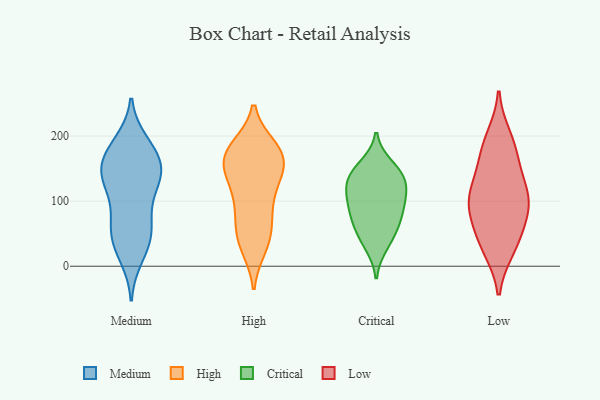
{"axis": {"x": "Humidity (%)", "y": "Value"}, "legend": ["Critical", "High", "Low", "Medium"], "data": [{"x": "", "y": 135, "type": "Medium"}, {"x": "", "y": 190, "type": "Medium"}, {"x": "", "y": 15, "type": "Medium"}, {"x": "", "y": 118, "type": "Medium"}, {"x": "", "y": 179, "type": "Medium"}, {"x": "", "y": 85, "type": "Medium"}, {"x": "", "y": 151, "type": "Medium"}, {"x": "", "y": 146, "type": "Medium"}, {"x": "", "y": 125, "type": "Medium"}, {"x": "", "y": 180, "type": "Medium"}, {"x": "", "y": 143, "type": "Medium"}, {"x": "", "y": 63, "type": "Medium"}, {"x": "", "y": 144, "type": "Medium"}, {"x": "", "y": 33, "type": "Medium"}, {"x": "", "y": 171, "type": "Medium"}, {"x": "", "y": 33, "type": "Medium"}, {"x": "", "y": 58, "type": "Medium"}, {"x": "", "y": 58, "type": "Medium"}, {"x": "", "y": 74, "type": "High"}, {"x": "", "y": 34, "type": "High"}, {"x": "", "y": 178, "type": "High"}, {"x": "", "y": 57, "type": "High"}, {"x": "", "y": 161, "type": "High"}, {"x": "", "y": 38, "type": "High"}, {"x": "", "y": 163, "type": "High"}, {"x": "", "y": 142, "type": "High"}, {"x": "", "y": 181, "type": "High"}, {"x": "", "y": 108, "type": "High"}, {"x": "", "y": 75, "type": "High"}, {"x": "", "y": 161, "type": "High"}, {"x": "", "y": 159, "type": "High"}, {"x": "", "y": 29, "type": "High"}, {"x": "", "y": 181, "type": "High"}, {"x": "", "y": 135, "type": "High"}, {"x": "", "y": 101, "type": "High"}, {"x": "", "y": 128, "type": "High"}, {"x": "", "y": 183, "type": "High"}, {"x": "", "y": 131, "type": "Critical"}, {"x": "", "y": 142, "type": "Critical"}, {"x": "", "y": 154, "type": "Critical"}, {"x": "", "y": 89, "type": "Critical"}, {"x": "", "y": 115, "type": "Critical"}, {"x": "", "y": 62, "type": "Critical"}, {"x": "", "y": 49, "type": "Critical"}, {"x": "", "y": 113, "type": "Critical"}, {"x": "", "y": 139, "type": "Critical"}, {"x": "", "y": 32, "type": "Critical"}, {"x": "", "y": 93, "type": "Critical"}, {"x": "", "y": 76, "type": "Critical"}, {"x": "", "y": 197, "type": "Low"}, {"x": "", "y": 84, "type": "Low"}, {"x": "", "y": 170, "type": "Low"}, {"x": "", "y": 101, "type": "Low"}, {"x": "", "y": 131, "type": "Low"}, {"x": "", "y": 34, "type": "Low"}, {"x": "", "y": 102, "type": "Low"}, {"x": "", "y": 177, "type": "Low"}, {"x": "", "y": 47, "type": "Low"}, {"x": "", "y": 115, "type": "Low"}, {"x": "", "y": 28, "type": "Low"}, {"x": "", "y": 87, "type": "Low"}]}